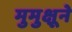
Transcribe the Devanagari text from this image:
मुमुक्षूने